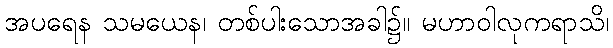
အပရေန သမယေန၊ တစ်ပါးသောအခါ၌။ မဟာဝါလုကရာသိ၊